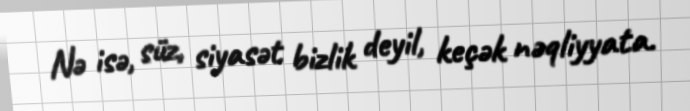
Nə isə, süz, siyasət bizlik deyil, keçək nəqliyyata.